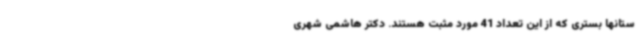
ستانها بستری که از این تعداد 41 مورد مثبت هستند. دکتر هاشمی شهری